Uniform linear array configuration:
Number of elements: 12
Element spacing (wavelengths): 0.75
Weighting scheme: kaiser
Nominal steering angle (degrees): -45
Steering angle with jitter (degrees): -43.482
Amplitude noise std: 0.05
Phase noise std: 0.05

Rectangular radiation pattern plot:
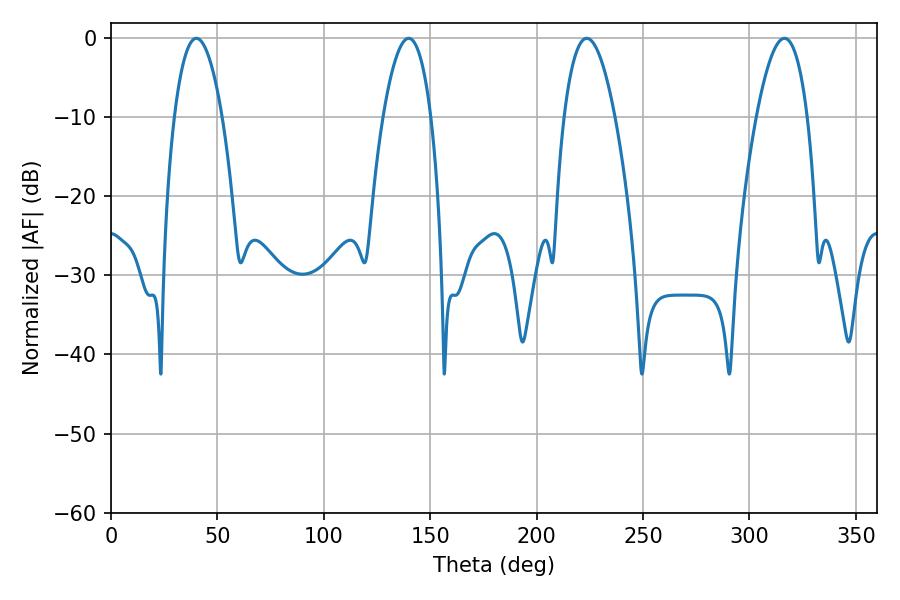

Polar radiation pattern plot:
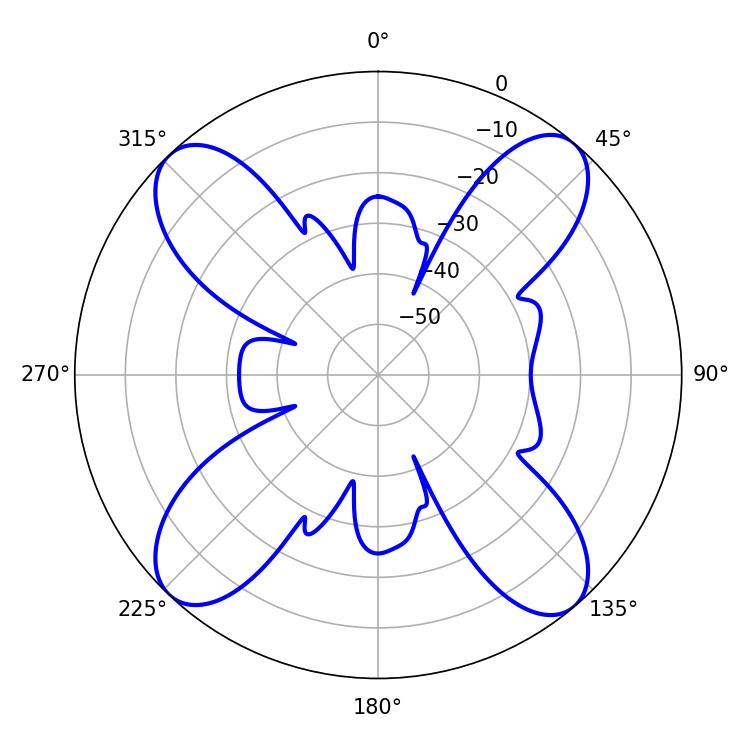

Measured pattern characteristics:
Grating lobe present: TRUE
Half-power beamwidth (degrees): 13.32
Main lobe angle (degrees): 223.56